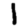
Digit: 1